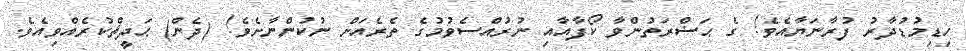
ހިޑިމުޑުދާރު ފުރާނަޔާއެވެ! ގެ ޙަޟްރަތުންވާ ކޯފާއާއި ނުރުއްސެވުމުގެ ތެރެއަށް ނުކުންނާށެވެ! (ދެން) ޙަދީޘްކުރެއްވިއެވެ.